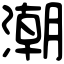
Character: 潮